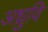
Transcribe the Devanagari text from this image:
अध्रुवि